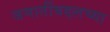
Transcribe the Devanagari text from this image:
जमातींबद्दलच्या